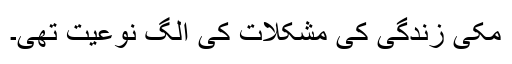
مکی زندگی کی مشکلات کی الگ نوعیت تھی۔